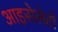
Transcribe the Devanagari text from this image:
आइसेलेटों